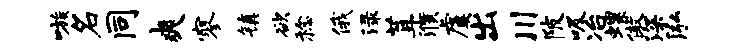
嗾名同爽寥镇欲稔俄渌茸濮虞出川陂吸冶螺傲深泓